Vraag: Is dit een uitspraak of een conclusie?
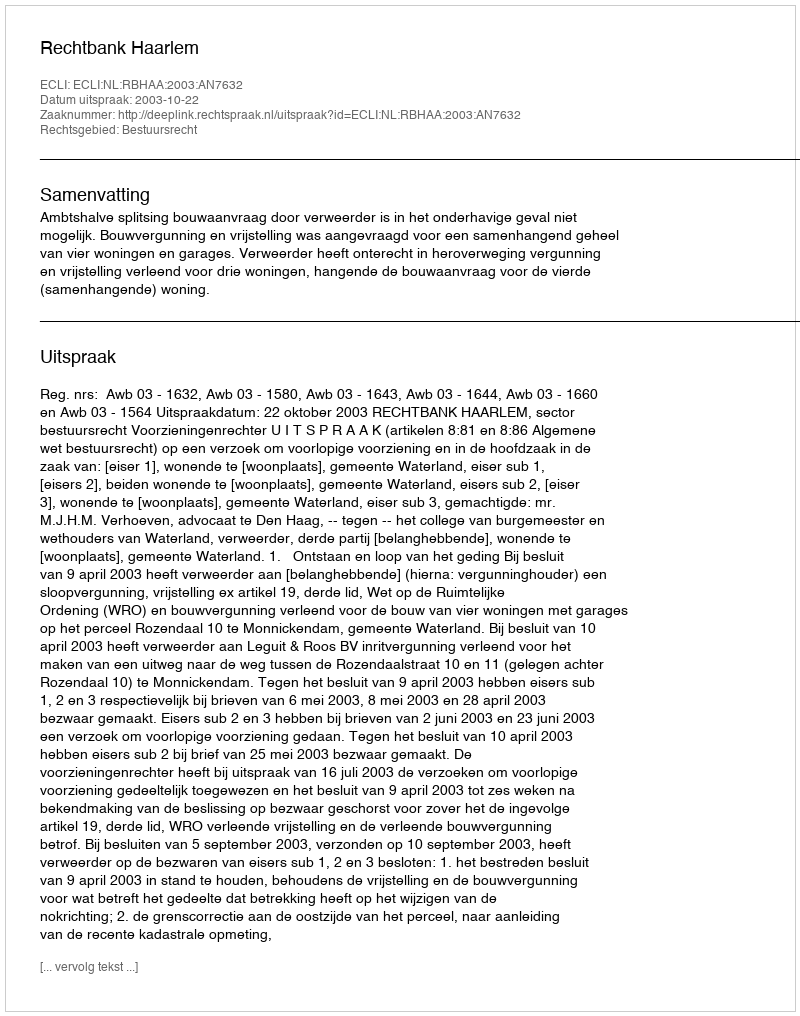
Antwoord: Uitspraak